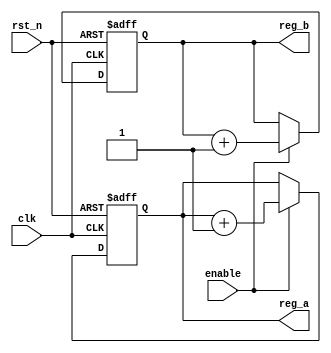
module ParameterizedInit #(
    parameter INIT_VALUE_A = 8'h00,  // Default initial value for register A
    parameter INIT_VALUE_B = 16'h0000 // Default initial value for register B
)(
    input wire clk,                   // Clock input
    input wire rst_n,                 // Active-low reset
    input wire enable,                // Enable signal
    output reg [7:0] reg_a,           // 8-bit register A
    output reg [15:0] reg_b           // 16-bit register B
);

    // Internal state variables
    reg [7:0] internal_a;
    reg [15:0] internal_b;

    // Initialization block
    initial begin
        internal_a = INIT_VALUE_A;     // Initialize internal register A
        internal_b = INIT_VALUE_B;     // Initialize internal register B
    end

    // Behavioral logic
    always @(posedge clk or negedge rst_n) begin
        if (!rst_n) begin
            internal_a <= INIT_VALUE_A; // Reset internal register A
            internal_b <= INIT_VALUE_B; // Reset internal register B
        end else if (enable) begin
            // Example logic: Increment internal registers
            internal_a <= internal_a + 1;
            internal_b <= internal_b + 1;
        end
    end

    // Output assignments
    always @(*) begin
        reg_a = internal_a;             // Assign internal register A to output
        reg_b = internal_b;             // Assign internal register B to output
    end

endmodule